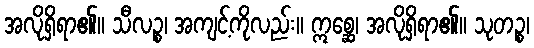
အလိုရှိရာ၏။ သီလဉ္စ၊ အကျင့်ကိုလည်း။ ဣစ္ဆေ၊ အလိုရှိရာ၏။ သုတဉ္စ၊